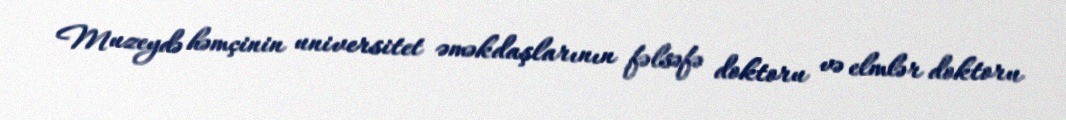
Muzeydə həmçinin universitet əməkdaşlarının fəlsəfə doktoru və elmlər doktoru